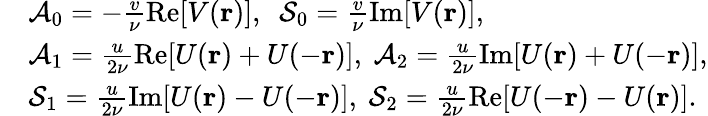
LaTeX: \begin{array}{rl}&{\mathcal{A}_{0}=-\frac{v}{\nu}\mathrm{Re}[V(\mathbf{r})],\ \ \mathcal{S}_{0}=\frac{v}{\nu}\mathrm{Im}[V(\mathbf{r})],}\\ &{\mathcal{A}_{1}=\frac{u}{2\nu}\mathrm{Re}[U(\mathbf{r})+U(-\mathbf{r})],\ \mathcal{A}_{2}=\frac{u}{2\nu}\mathrm{Im}[U(\mathbf{r})+U(-\mathbf{r})],}\\ &{\mathcal{S}_{1}=\frac{u}{2\nu}\mathrm{Im}[U(\mathbf{r})-U(-\mathbf{r})],\ \mathcal{S}_{2}=\frac{u}{2\nu}\mathrm{Re}[U(-\mathbf{r})-U(\mathbf{r})].}\end{array}